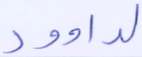
لداوود